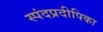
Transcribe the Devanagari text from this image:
स्पंदप्रदीपिका